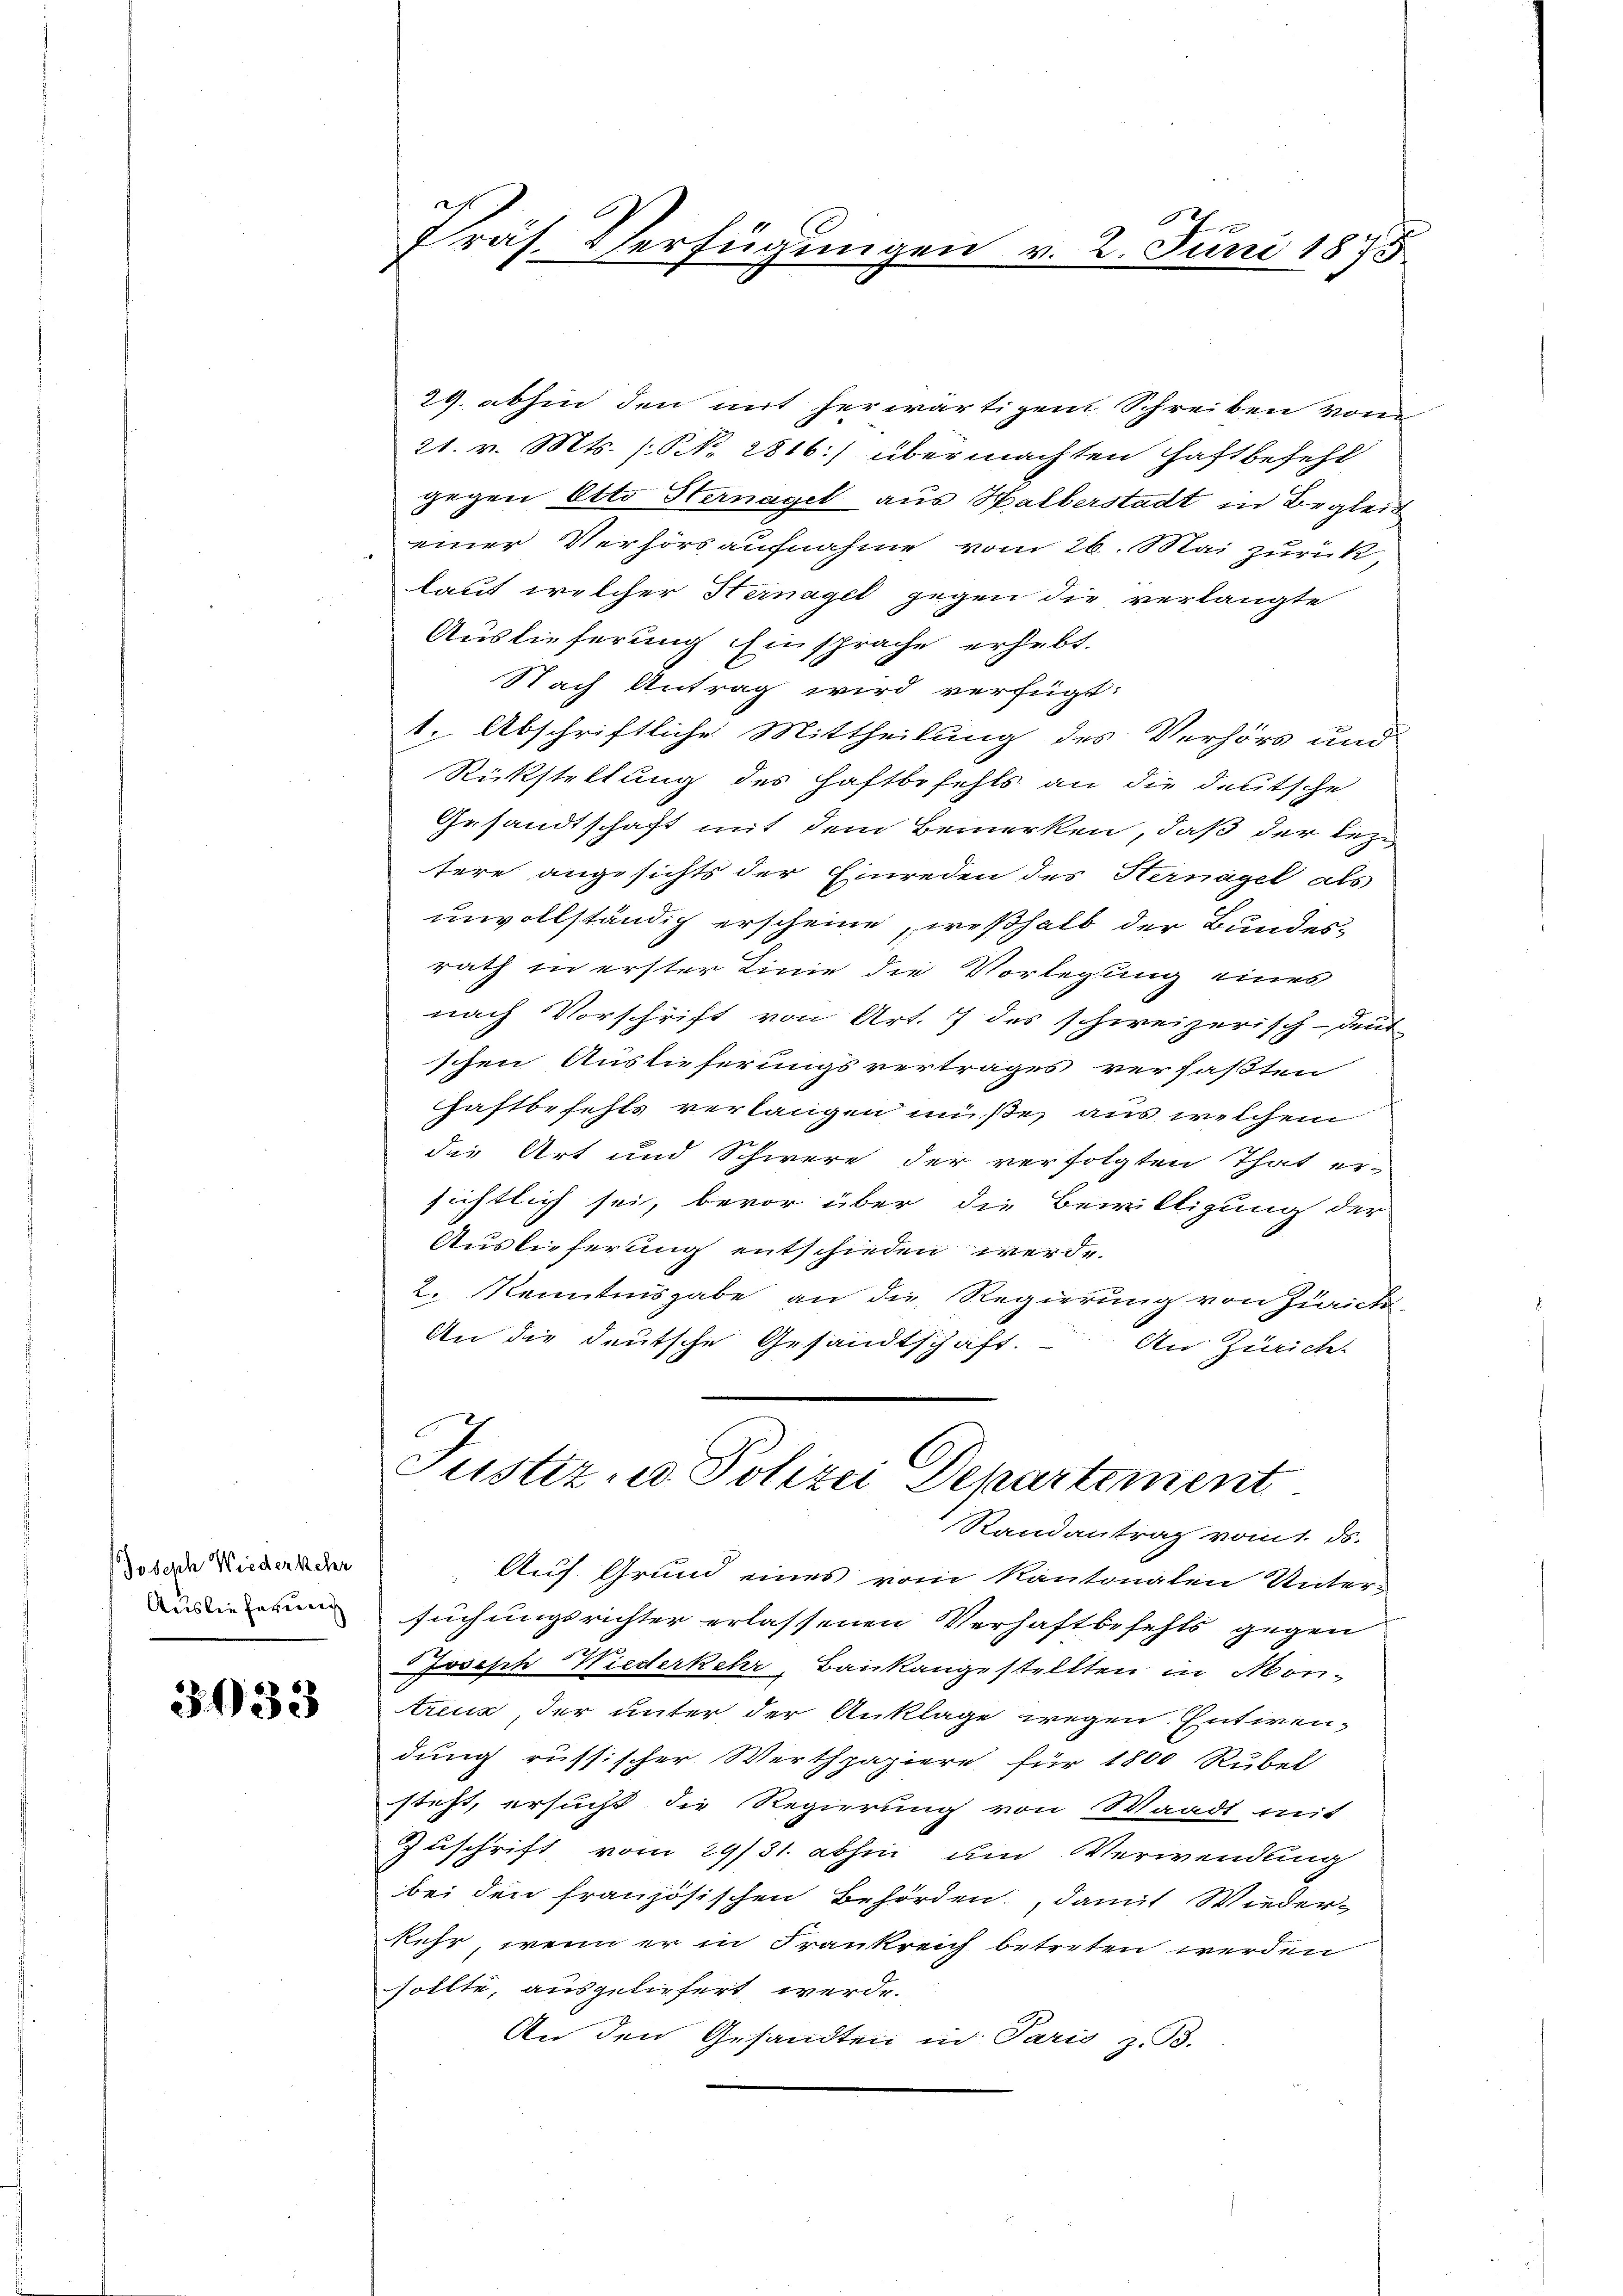
Joseph Wiederkehr
Auslieferung

3933

x
Präs. Verfügungen v. 2. Juni 1875

29. abhin den mit herwärtigen Schreiben von
21. v. Mts. (S. 2816:) übermachten Haftbefehl
gegen Otto Sternagel aus Halberstadt in Begleic
einer Verhörs aufnahme vom 26. Mai zurück
lauf welcher Hernagel gegen die verlangte
Auslieferung Einsprache erhebt.
Nach Antrag wird verfügt:
1. Abschriftliche Mittheilung des Verhörs und
Rückstellung des Haftbefehls an die deutsche
Gesandtschaft mit dem Bemerken, daß der leztere angesichts der Einreden des Hernagel als
unvollständig erscheine, weßhalb der Bundesrath in erster Linie die Vorlegung eines
nach Vorschrift von Art. 7 des schweizerisch-deut-
schen Auslieferungsvertrages verfaßten
Haftbefehls verlangen müße, aus welchem
die Art und Schwere der verfolgten That er-
sichtlich sei, bevor über die Bewilligung der
Auslieferung entschieden werde.
2. Kenntnisgabe an die Regierung von Zürich
An die deutsche Gesandtschaft. An Zürich
Justiz- u. Polizei Departement
Randantrag vom 1. ds.
Auf Grund eines vom Kantonalen Unter-
suchungsrichter erlassenen Verhaftbefehls gegen
Joseph Wiederkehr, Baukangestellten in Montreck, der unter der Anklage wegen Entwendung russischer Werthpapiere für 1800 Rubel
steht, ersucht die Regierung von Waadt mit
Zuschrift vom 29/31. abhin um Verwendung
bei den französischen Behörden, damit Wiederkehr, wenn er in Frankreich betreten werden
sollte, ausgeliefert werde.
An den Gesandten in Paris z. B.